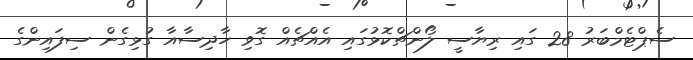
ސެޕްޓެމްބަރު 28 ގައި ރިޔާސީ ލޯންޗްކޮޅުގައި އެއްޗެއް ގޮވި ހާދިސާއާ ގުޅިގެން ސިފައިންގެ